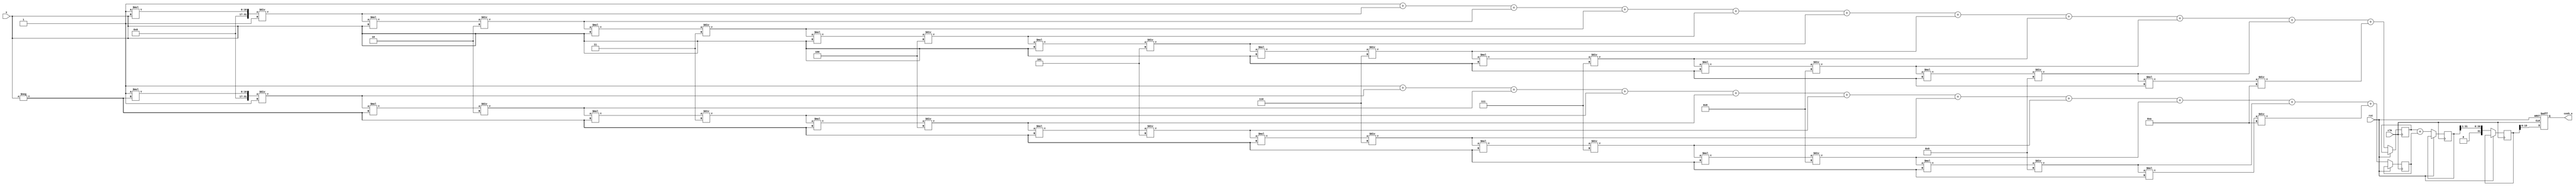
module hyperbolic_cosh (
    input wire [15:0] x,        // Input: fixed-point representation of x
    output reg [15:0] cosh_x,   // Output: fixed-point representation of cosh(x)
    input wire clk,              // Clock signal
    input wire rst               // Reset signal
);

    // Internal signals
    reg [31:0] exp_x;           // e^x
    reg [31:0] exp_neg_x;       // e^-x
    reg [31:0] sum;             // e^x + e^-x
    reg [31:0] result;          // Final result before division

    // Exponentiation using Taylor series approximation
    // e^x  1 + x + x^2/2! + x^3/3! + x^4/4! + ...
    function [31:0] exp_approx;
        input [15:0] x;
        reg [31:0] term;
        reg [31:0] sum;
        integer i;
        begin
            sum = 32'h00000001; // Start with 1
            term = 32'h00000001; // First term (x^0 / 0!)
            for (i = 1; i <= 10; i = i + 1) begin
                term = (term * x) / i; // Calculate x^i / i!
                sum = sum + term;      // Add to sum
            end
            exp_approx = sum;
        end
    endfunction

    // Main process
    always @(posedge clk or posedge rst) begin
        if (rst) begin
            cosh_x <= 16'b0;
        end else begin
            // Calculate e^x and e^-x
            exp_x <= exp_approx(x);
            exp_neg_x <= exp_approx(-x);

            // Calculate e^x + e^-x
            sum <= exp_x + exp_neg_x;

            // Divide by 2 to get cosh(x)
            result <= sum >> 1; // Right shift by 1 is equivalent to division by 2

            // Assign result to output
            cosh_x <= result[15:0]; // Take the lower 16 bits as output
        end
    end

endmodule